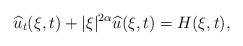
LaTeX: \begin{align*}\widehat{u}_{t}(\xi,t)+|\xi|^{2\alpha}\widehat{u}(\xi,t)=H(\xi,t),\end{align*}